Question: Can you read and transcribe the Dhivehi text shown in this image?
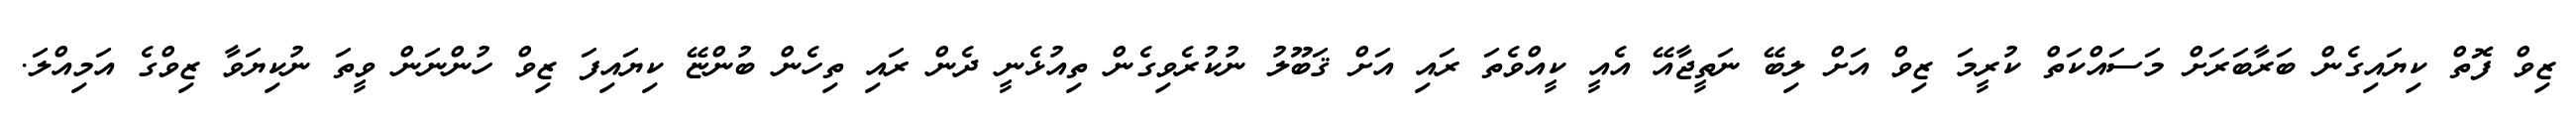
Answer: ޒިވް ފޮތް ކިޔައިގެން ބަރާބަރަށް މަސައްކަތް ކުރީމަ ޒިވް އަށް ލިބޭ ނަތީޖާއޭ އެއީ ކީއްވެތަ ރައި އަށް ޤަބޫލު ނުކުރެވިގެން ތިއުޅެނީ ދެން ރައި ތިހެން ބުންޏޭ ކިޔައިފަ ޒިވް ހުންނަން ވީތަ ނުކިޔަވާ ޒިވްގެ އަމިއްލަ.